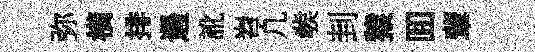
弥橫排遏訛岧凢彂刲猿囬軰